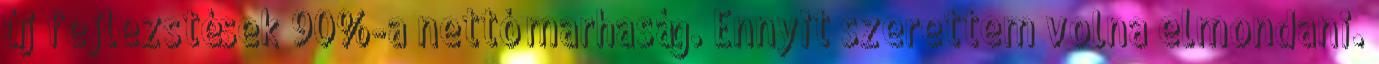
új fejlezstések 90%-a nettó marhaság. Ennyit szerettem volna elmondani.